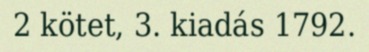
2 kötet, 3. kiadás 1792.